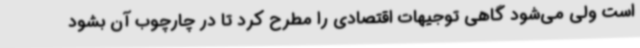
است ولی می‌شود گاهی توجیهات اقتصادی را مطرح کرد تا در چارچوب آن بشود